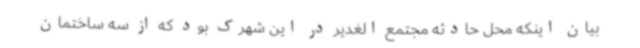
بیان اینکه محل حادثه مجتمع الغدیر در این شهرک بود که از سه ساختمان